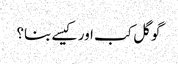
گوگل کب اور کیسے بنا؟